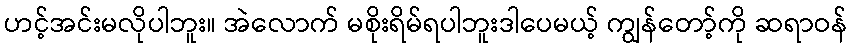
ဟင့်အင်းမလိုပါဘူး။ အဲလောက် မစိုးရိမ်ရပါဘူးဒါပေမယ့် ကျွန်တော့်ကို ဆရာဝန်